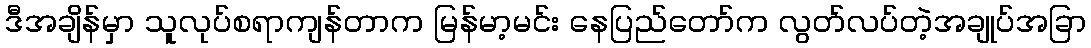
ဒီအချိန်မှာ သူလုပ်စရာကျန်တာက မြန်မာ့မင်း နေပြည်တော်က လွတ်လပ်တဲ့အချုပ်အခြာ